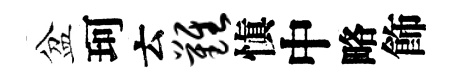
盆珂云难愼中略飾